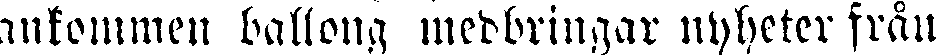
ankommen ballong medbringar nyheter från